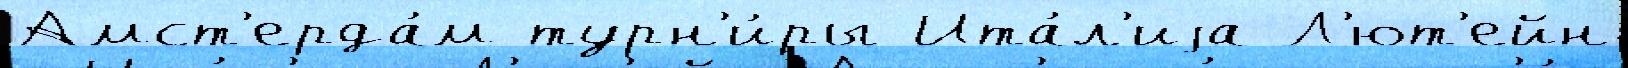
Амст'ерда́м турн'и́ры Ита́л'иjа Л'ют'ейн